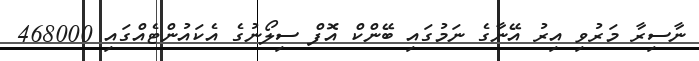
ނާސިރާ މަރުވި އިރު އޭނާގެ ނަމުގައި ބޭންކް އޮފް ސިލޯނުގެ އެކައުންޓެއްގައި 468000